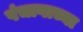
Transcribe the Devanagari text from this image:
पंचागाच्या